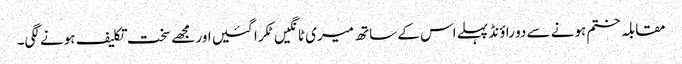
مقابلہ ختم ہونے سے دو راؤنڈ پہلے اس کے ساتھ میری ٹانگیں ٹکرا گئیں اور مجھے سخت تکلیف ہونے لگی۔